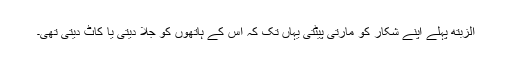
الزبتھ پہلے اپنے شکار کو مارتی پیٹتی یہاں تک کہ اس کے ہاتھوں کو جلا دیتی یا کاٹ دیتی تھی۔